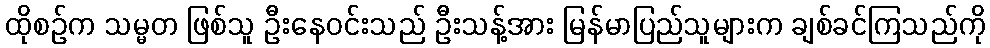
ထိုစဉ်က သမ္မတ ဖြစ်သူ ဦးနေဝင်းသည် ဦးသန့်အား မြန်မာပြည်သူများက ချစ်ခင်ကြသည်ကို